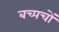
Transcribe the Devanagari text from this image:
बच्पचों